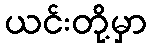
ယင်းတို့မှာ